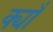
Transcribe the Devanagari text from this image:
क्याँ